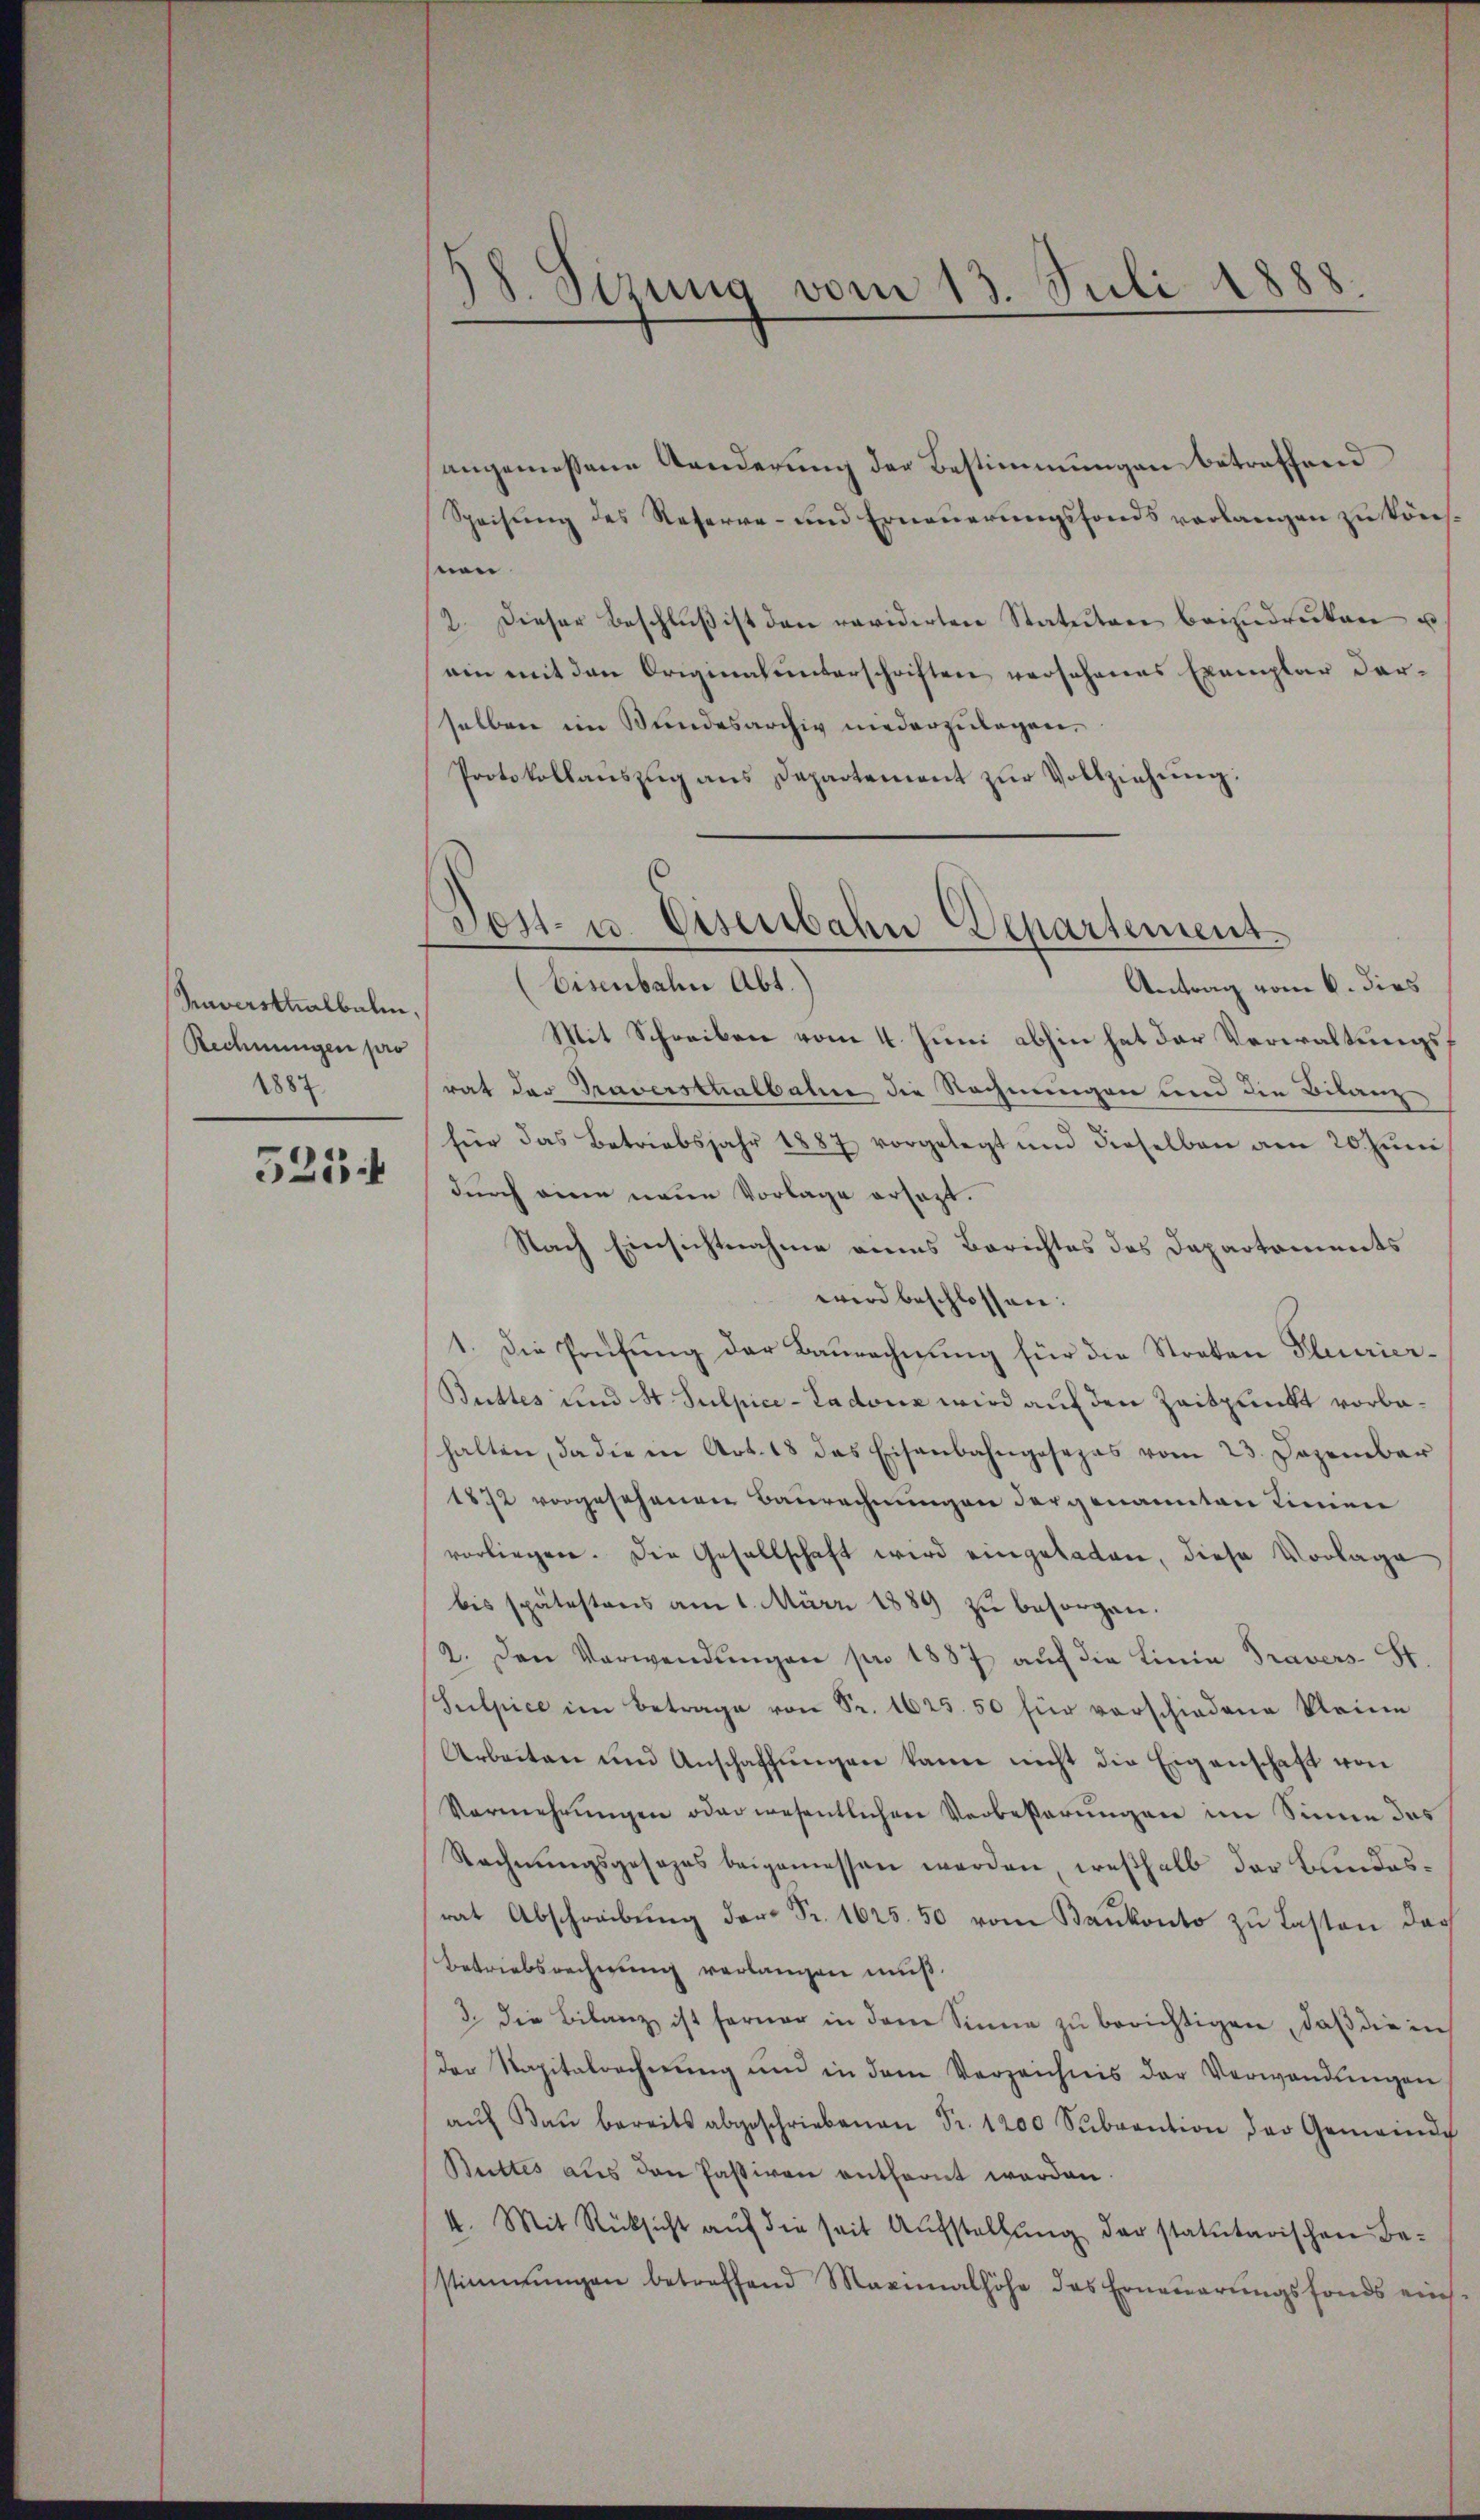
Imverstralbalen,
Rechnungen pro
1887

525 f

58. Sizung vom 13. Juli 1888.

angemessene Aenderung der Bestimmungen betreffend
Speisŭng des Reserve- und Erneŭerŭngsfonds verlangen zu kön-
snen
2. Dieser Beschlŭβ ist den revidirten Statuten beizudrüken u.
ein mit den Originalunterschriften versehenes Exemplar dar-
selben im Bundesarchiv niederzulagen.
Protokollaŭszŭg ans Departement zŭr Vollziehŭng:
(Eisenbahn Abt.
Antrag vom 6. dies
Mit Schreiben vom 4. Juni abhin hat der Verwaltungsrat der Praversthalbahne die Rechnungen und die Bilanz
für das Betriebsjahr 1887 vorgelegt und dieselben am 20. Jŭni
durch eine neue Vorlage ersetzt.
Nach Einsichtnahme eines Berichtes des Departements
wird beschlossen:
1. Die Prüfung der Baurechnung für die Straten Plerier¬
Buttes und St. Sulpice-Ladons wird auf den Zeitpunkt vorbahalten, da die in Art. 18 das Eisenbahngesezes vom 23. Dezember
1872 vorgesehenen Baurechnungen dergenannten Linien
vorliegen. Die Gesellschaft wird eingeladen, diese Vorlage
bis spätestens am 1. März 1889 zŭ besorgen.
2. Den Verwendŭngen pro 1887 aŭf die Linie Travers- St
Sulpice im Betrage von Fr. 1625. 50 für vorschiedene kleine
Arbeiten und Anschaffŭngen kann nicht die Eigenschaft von
Vermehrungen oder wesentlichen Verbeßerungen im Sinne das
Rechnŭngsgesezes beigemessen werden, weshalb der Bundes-
rat Abschreibŭng der Fr. 1625. 50 vom Bankonto zu Lasten das
Betriebsrechnung verlangen muß.
3. die Bilanz ist ferner in dem Sinne zŭ berichtigen, daβ die in
der Kapitalrechnŭng ŭm in dem Verzeichnis der Verwandŭngen
aŭf Kaŭ bereits abgeschriebenen Fr. 1200 Sŭbvention der Gemeinde
Buttes aus den Passiven entfernt werden.
4. Mit Rücksicht auf die seit Aufstellung der statutarischen Bestimmungen betreffend Maximalhöhe des Erneŭerŭngsfonds ein

Tost- u. Eisenbahn Departement.